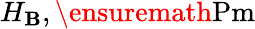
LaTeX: H_{\mathbf{B}},\ensuremath{{\mathrm{{Pm}}}}